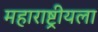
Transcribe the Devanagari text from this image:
महाराष्ट्रीयला